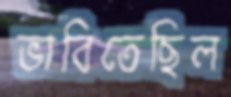
ভাবিতেছিল